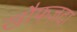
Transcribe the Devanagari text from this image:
खौफज़दा